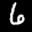
Label: 6